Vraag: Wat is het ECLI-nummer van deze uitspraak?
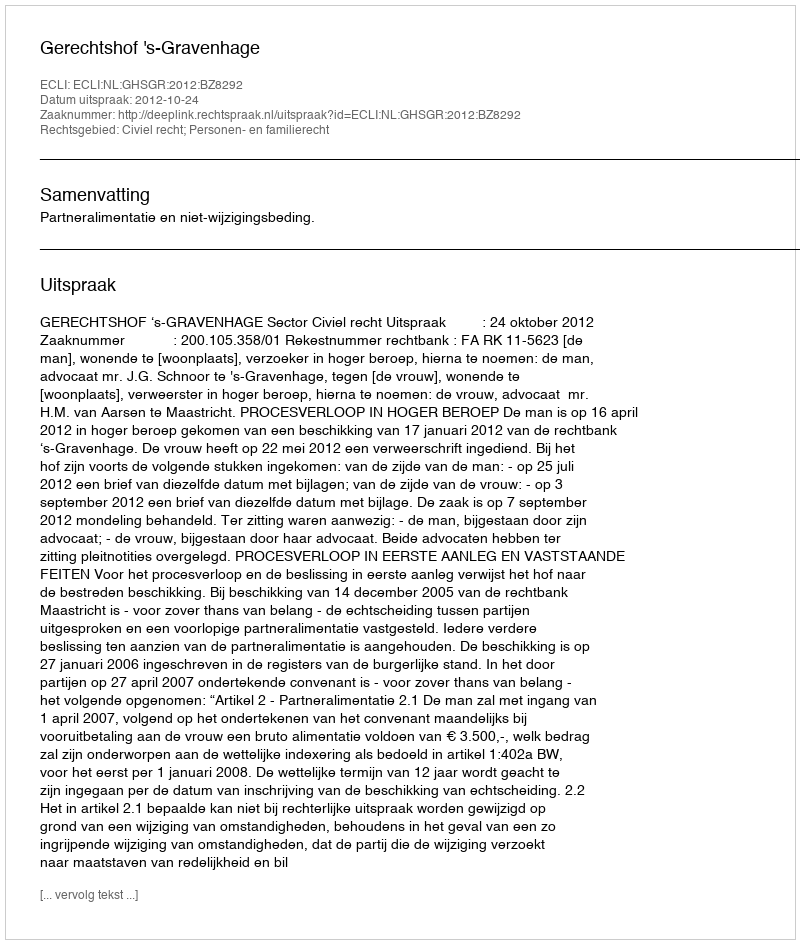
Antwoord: ECLI:NL:GHSGR:2012:BZ8292